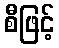
စီဖြင့်